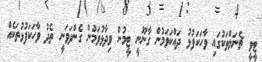
ޓީވީ ޗެނަލްތަކުގައި ވާހަކަފުޅު ދައްކަވަމުން ގާނޫނީ ޓީމުން ވިދާޅުވަމުން ގެންދަވަނީ ތެދު ވާހަކަފުޅުތަކެއް